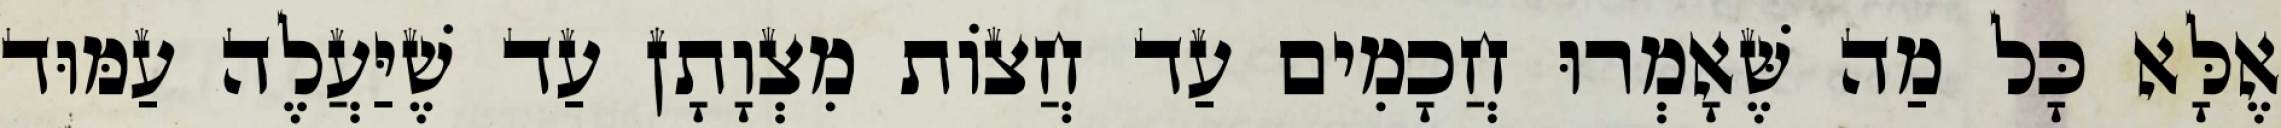
אֶלָּא כָּל מַה שֶּׁאָמְרוּ חֲכָמִים עַד חֲצוֹת מִצְוָתָן עַד שֶׁיַּעֲלֶה עַמּוּד